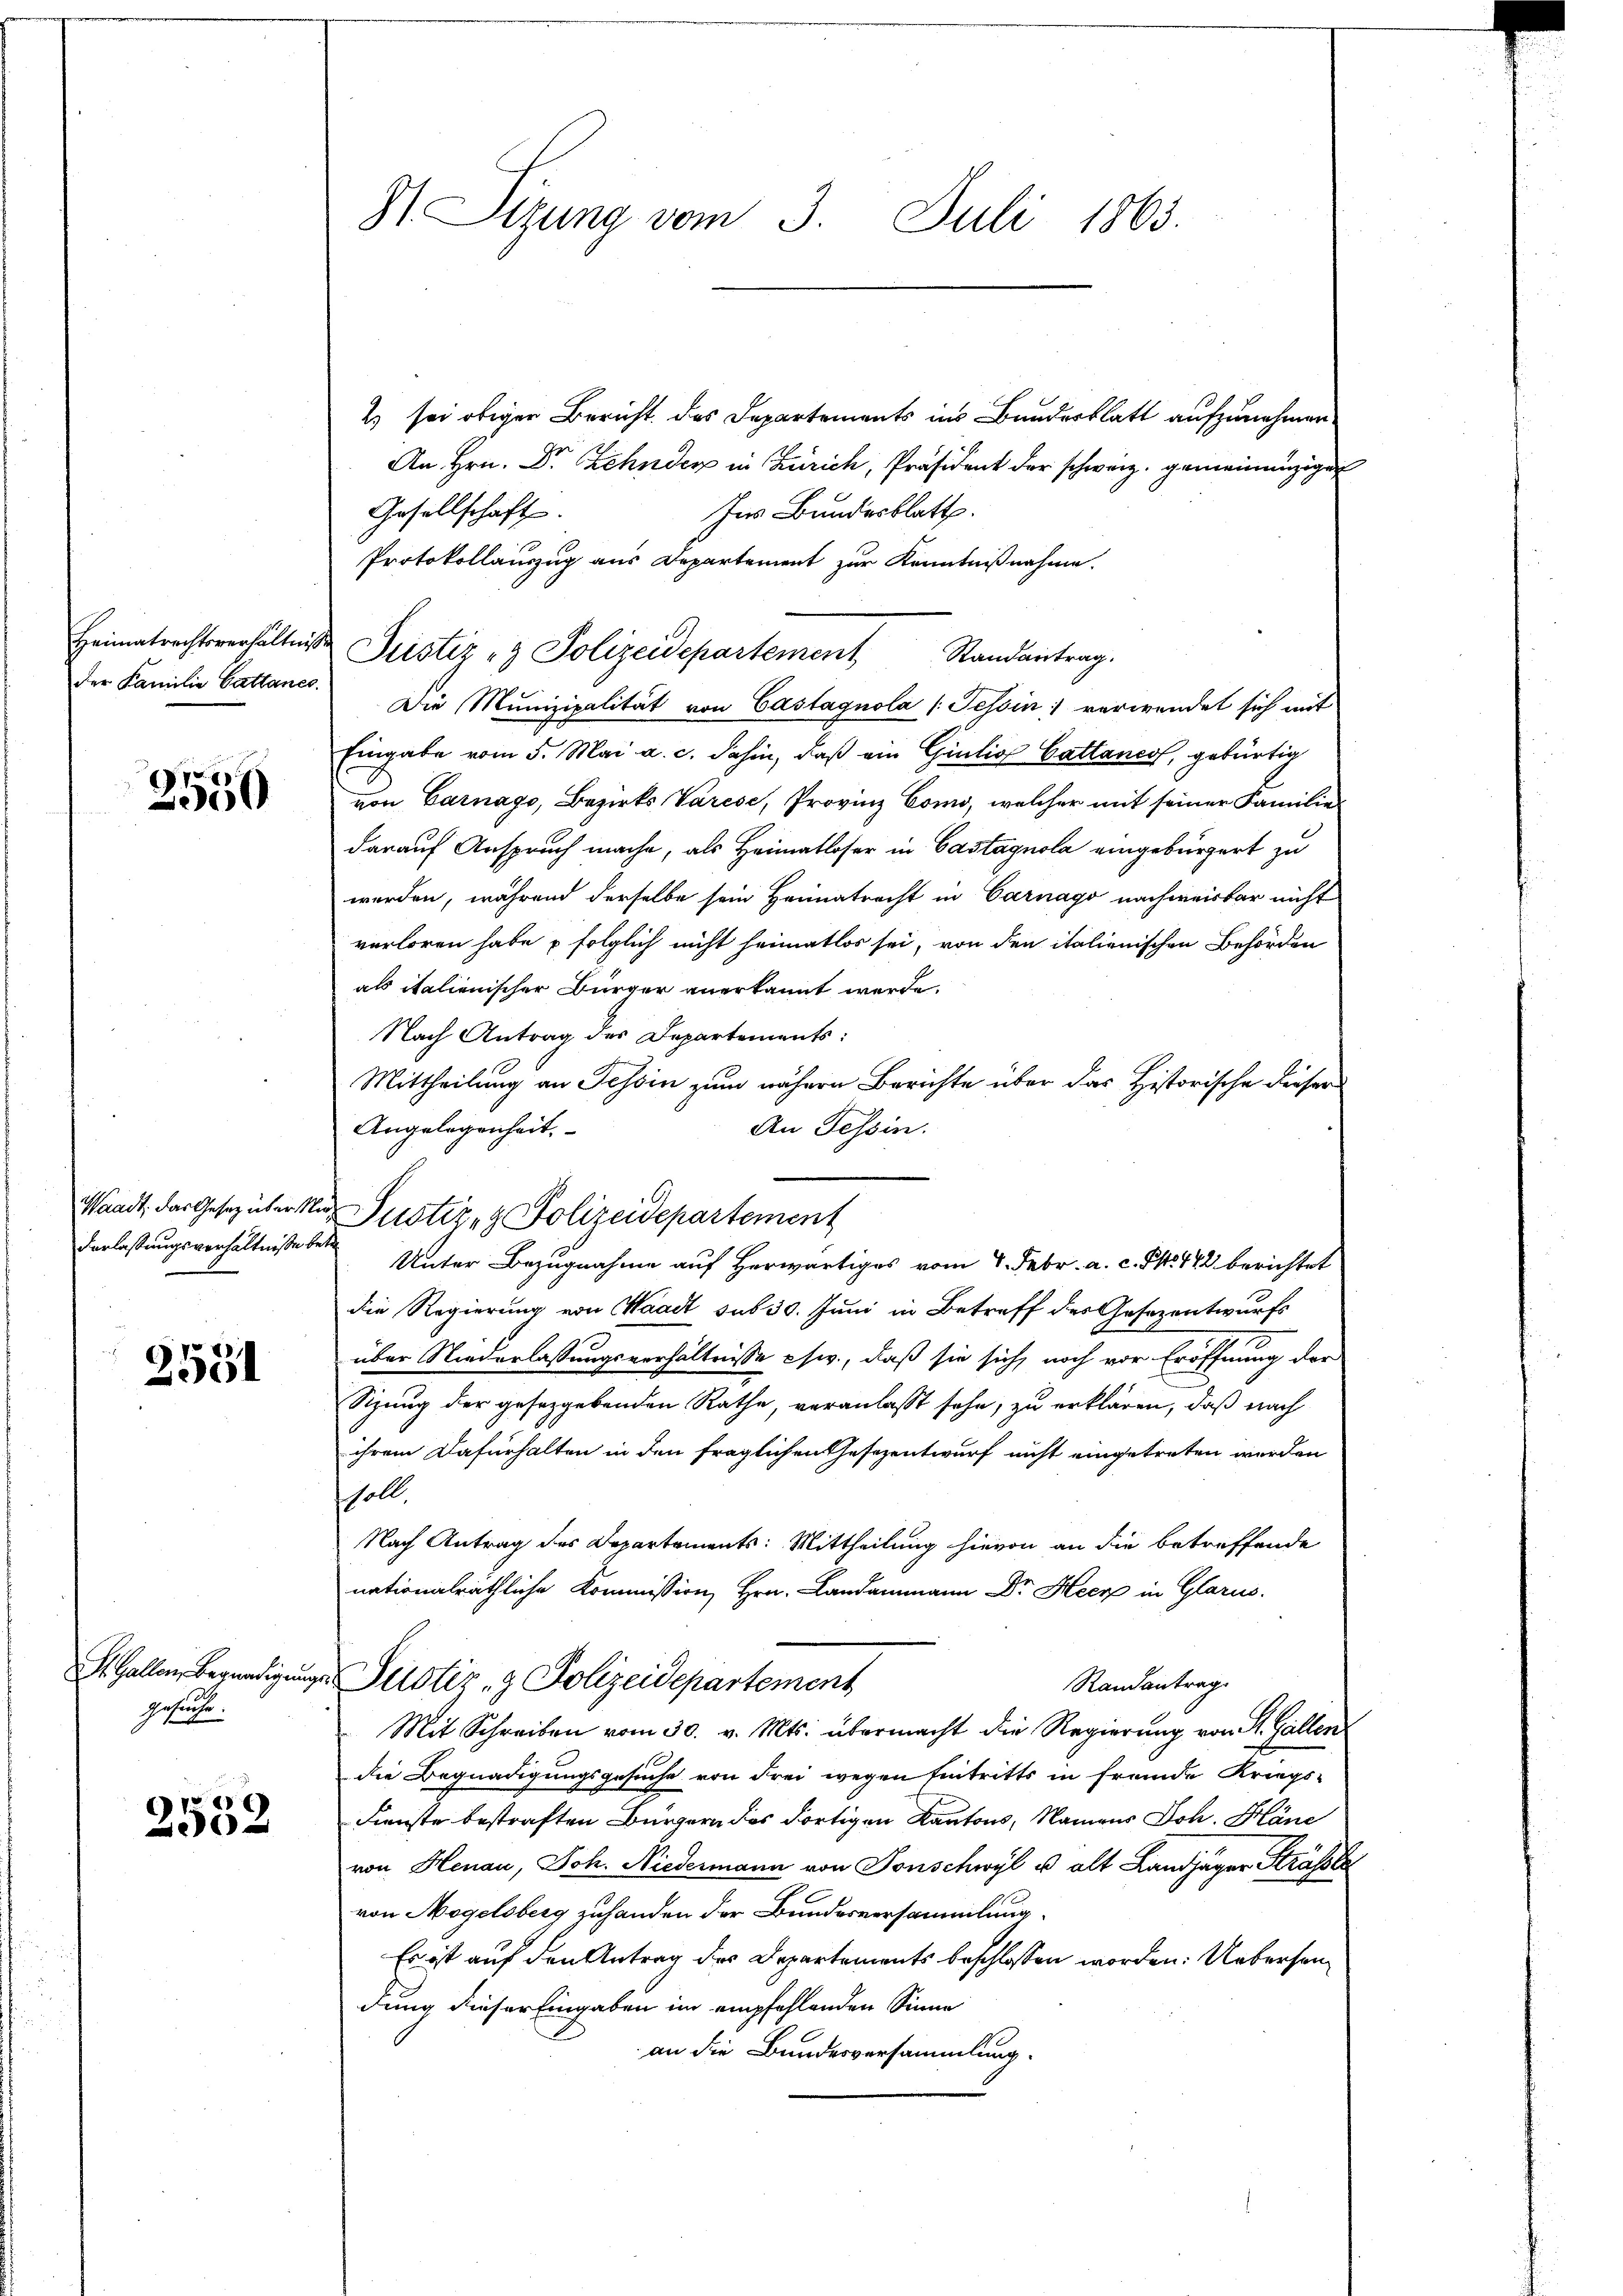
der Familie Gattanes.

9
2550

2551

Gesuche.

2552

St. Sizung vom 3. Juli 1863.

2) sei obiger Bericht des Departements ins Bundesblatt aufzunehmen.
An Hrn. Dr Zehnder in Zürich, Präsident der schweiz. gemeinanzige
Ins Bundesblatt.
Gesellschaft.
Protokollauszug aus Departement zur Kenntnißnahme.
Die Munizipalität von Castagnola (Tessin verwendet sich mit
Eingabe vom 5. Mai a. c. dahin, daß ein Giulio Cattanes, gebürtig
von Garnago, Bezirks Varese, Provinz Como, welcher mit seiner Familie
darauf Anspruch mache, als Heimatloser in Castagnola eingebürgert zu
werden, während derselbe sein Heimatrecht in Carnago nachweisbar nicht
verloren habe u folglich nicht heimatlos sei, von den italienischen Behörden
als italienischer Bürger anerkannt werde.
Nach Antrag des Departements:
Mittheilung an Tessin zum nähern Berichte über das Historische dieser
Angelegenheit,
An Tessin.
Waadt, das Gesetz über Mur Justiz- & Polizeidepartement
Verlaßungsverhältniße der Unter Bezugnahme auf herwärtiges vom 4. Febr. a. c. P. 142 berichtet
die Regierung von Waadt sub 30. Juni in Betreff des Gesezentwurfs
s
über Niederlassungsverhältnisse csw., daß sie sich noch vor Eröffnung der
Sizung der gesetzgebenden Rathe, veranlaßt sehe, zu erklären, daß nach
ihrem Dafürhalten in den fraglichen Gesezentwurf nicht eingetreten werden
soll.
Nach Antrag des Departements: Mittheilung hievon an die betreffende
nationalräthliche Kommission Hrn. Landammann Dr. Heer in Glarus.
St. Gallen Begnadigung Geistiz & Polizeidepartement
Randantrag
Mit Schreiben vom 30. v. Mts. übermacht die Regierŭng von St. Gallen
die Begnadigungsgesuche von Frei wegen Eintritts in fremde Kriegs-
Fienste bestraften Bürgern des dortigen Kantons, Namens Joh. Häne
von Henau, Joh. Niedermann von Sonschwyl u. alt Landjäger Strasse
von Nagelsberg zuhanden der Bundesversammlung.
Es ist auf den Antrag des Departements beschlossen worden: Uebersendung dieser Eingaben im empfehlenden Sinne
an die Bundesversammlung.

Heimatrechtsverhältnis Justiz & Polizeidepartement Randantrag.